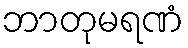
ဘာတုမရဏံ